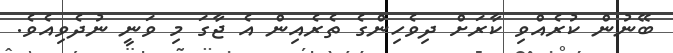
ބޭނުން ކުރެއްވި ކާރަށް ދިވެހިންގެ ތެރެއިން އެ ޖާގަ މި ވަނީ ނުދެވިއެވެ.